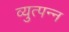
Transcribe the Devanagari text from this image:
व्‍युत्‍पन्‍न